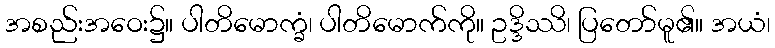
အစည်းအဝေး၌။ ပါတိမောက္ခံ၊ ပါတိမောက်ကို။ ဥဒ္ဒိဿိ၊ ပြတော်မူ၏။ အယံ၊